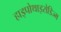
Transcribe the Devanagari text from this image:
हाइपोथाइरोडिज्म